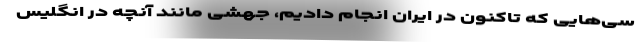
سی‌هایی که تاکنون در ایران انجام دادیم، جهشی مانند آنچه در انگلیس